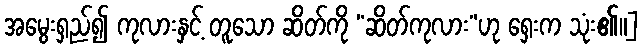
အမွေးရှည်၍ ကုလားနှင့် တူသော ဆိတ်ကို “ဆိတ်ကုလား”ဟု ရှေးက သုံး၏။]